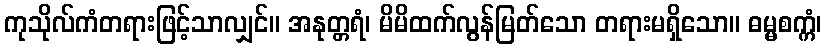
ကုသိုလ်ကံတရားဖြင့်သာလျှင်။ အနုတ္တရံ၊ မိမိထက်လွန်မြတ်သော တရားမရှိသော။ ဓမ္မစက္ကံ၊